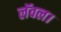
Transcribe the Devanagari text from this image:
लॅवल।